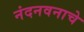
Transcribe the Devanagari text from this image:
नंदनवनाचे